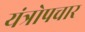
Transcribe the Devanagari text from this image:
यंत्रोपचार